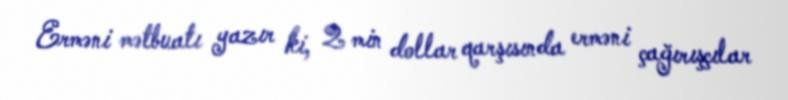
Erməni mətbuatı yazır ki, 2 min dollar qarşısında erməni çağırışçılar